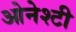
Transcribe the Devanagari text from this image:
ओनेश्टी